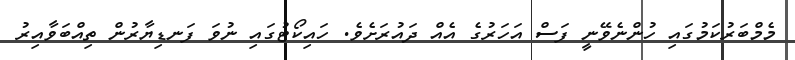
މެމްބަރުކަމުގައި ހުންނެވޭނީ ފަސް އަހަރުގެ އެއް ދައުރަށެވެ. ހައިކޯޓުގައި ނުވަ ފަނޑިޔާރުން ތިއްބަވާއިރު